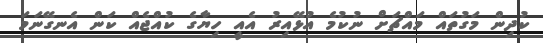
ކުދިން މަގުތައް މައްޗަށް ނުކުމެ އުޅޭއިރު އެއީ ހިޔާގެ ކުއްޖެއް ކަން އެނގޭނަމަ